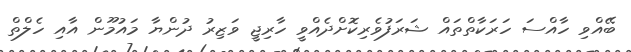
ބޭއްވި ހާއްސަ ހަރަކާތްތައް ޝަރަފުވެރިކޮށްދެއްވީ ހާރިޖީ ވަޒިރު ދުންޔާ މައުމޫން އާއި ހެލްތް